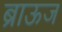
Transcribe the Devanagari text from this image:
ब्राऊज